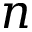
n